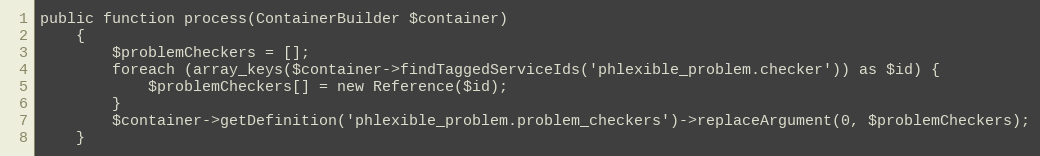
Language: PHP
public function process(ContainerBuilder $container)
    {
        $problemCheckers = [];
        foreach (array_keys($container->findTaggedServiceIds('phlexible_problem.checker')) as $id) {
            $problemCheckers[] = new Reference($id);
        }
        $container->getDefinition('phlexible_problem.problem_checkers')->replaceArgument(0, $problemCheckers);
    }